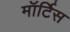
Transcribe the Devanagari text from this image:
मॉर्टिस